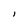
Character: l